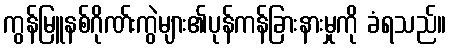
ကွန်မြူနစ်ဂိုဏ်းကွဲများ၏ပုန်ကန်ခြားနားမှုကို ခံရသည်။